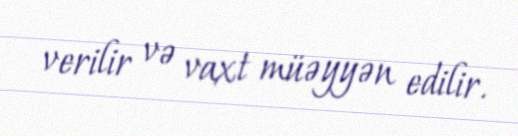
verilir və vaxt müəyyən edilir.